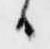
日